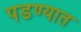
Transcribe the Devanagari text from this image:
पडण्यात